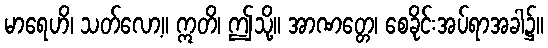
မာရေဟိ၊ သတ်လော့။ ဣတိ၊ ဤသို့။ အာဏတ္တေ၊ စေခိုင်းအပ်ရာအခါ၌။